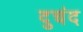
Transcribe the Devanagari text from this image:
दुचंद